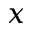
x